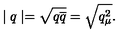
\mid q \mid = \sqrt { q \overline { { q } } } = \sqrt { q _ { \mu } ^ { 2 } } .